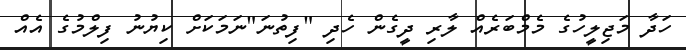
ހަދާ މަޖިލީހުގެ މެމްބަރެއް ލާރި ދީގެން ހެދި "ފިތުނަ"ނަމަކަށް ކިޔުނު ފިލްމުގެ އެއް